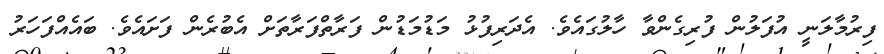
ފިރުމާލަނީ އުފަލުން ފުރިގެންވާ ހާލުގައެވެ. އެދަރިފުޅު މަޑުމަޑުން ފަރާތްފަރާތަށް އެބުރެން ފަށައެވެ. ބައެއްފަހަރު